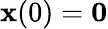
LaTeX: \mathbf{x}(0)=\mathbf{0}